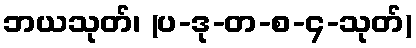
ဘယသုတ်၊ (ပ-ဒု-တ-စ-၄-သုတ်)